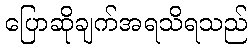
ပြောဆိုချက်အရသိရသည်